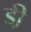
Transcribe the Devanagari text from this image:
डी़